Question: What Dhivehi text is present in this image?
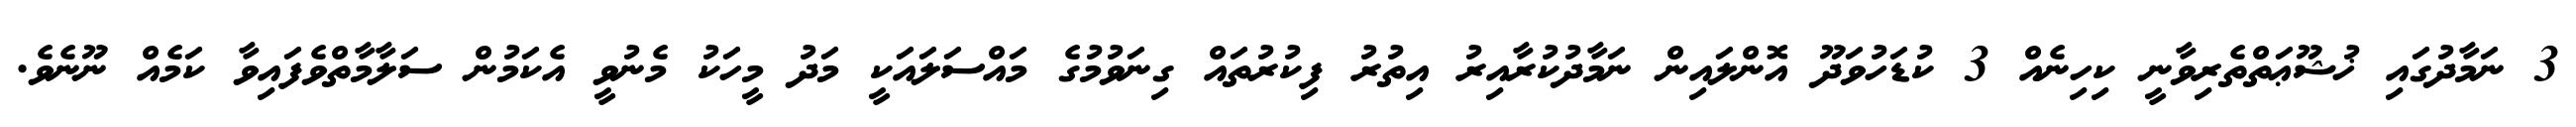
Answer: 3 ނަމާދުގައި ޚުޝޫޢަތްތެރިވާނީ ކިހިނެއް 3 ކުޑަހުވަދޫ އޮންލައިން ނަމާދުކުރާއިރު އިތުރު ފިކުރުތައް ގިނަވުމުގެ މައްސަލައަކީ މަދު މީހަކު މެނުވީ އެކަމުން ސަލާމާތްވެފައިވާ ކަމެއް ނޫނެވެ.